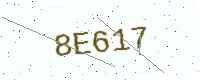
Text: 8E617